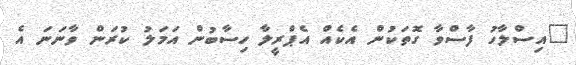
"އިސްލާހު ފާސްވާ ގޮތަކުން އެކެއް އެޕްރީލާ ހިސާބުން އަމަލު ކުރަން ވާނަނަ އެ